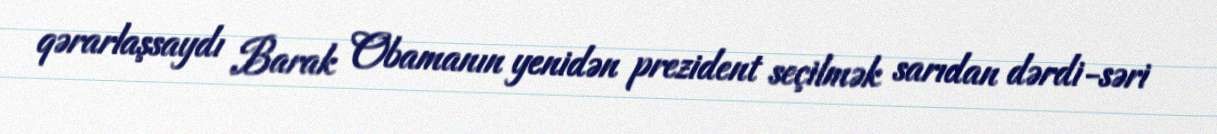
qərarlaşsaydı Barak Obamanın yenidən prezident seçilmək sarıdan dərdi-səri